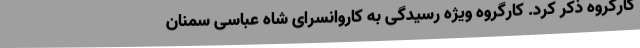
کارگروه ذکر کرد. کارگروه ویژه رسیدگی به کاروانسرای شاه عباسی سمنان